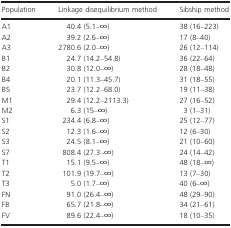
| Population | Linkage disequilibrium method | Sibship method |
 | --- | --- | --- |
 | A1 | 40.4 (5.1–∞) | 38 (16–223) |
 | A2 | 39.2 (2.6–∞) | 17 (8–40) |
 | A3 | 2780.6 (2.0–∞) | 26 (12–114) |
 | B1 | 24.7 (14.2–54.8) | 36 (22–64) |
 | B2 | 30.8 (12.0–∞) | 28 (18–48) |
 | B4 | 20.1 (11.3–45.7) | 31 (18–55) |
 | B5 | 23.7 (12.2–68.0) | 19 (11–38) |
 | M1 | 29.4 (12.2–2113.3) | 27 (16–52) |
 | M2 | 6.3 (15–∞) | 3 (1–31) |
 | S1 | 234.4 (6.8–∞) | 25 (12–77) |
 | S2 | 12.3 (1.6–∞) | 12 (6–30) |
 | S3 | 24.5 (8.1–∞) | 21 (10–60) |
 | S7 | 808.4 (27.3–∞) | 24 (14–42) |
 | T1 | 15.1 (9.5–∞) | 48 (18–∞) |
 | T2 | 101.9 (19.7–∞) | 13 (7–30) |
 | T3 | 5.0 (1.7–∞) | 40 (6–∞) |
 | FN | 91.0 (26.4–∞) | 48 (29–90) |
 | FB | 65.7 (21.8–∞) | 34 (21–61) |
 | FV | 89.6 (22.4–∞) | 18 (10–35) |